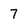
Character: 7